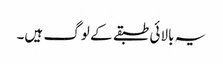
یہ بالائی طبقے کے لوگ ہیں۔